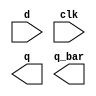
module problem3 (input d, input clk, output q, output q_bar);
endmodule